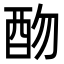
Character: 𨟸